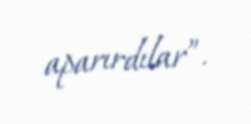
aparırdılar”.